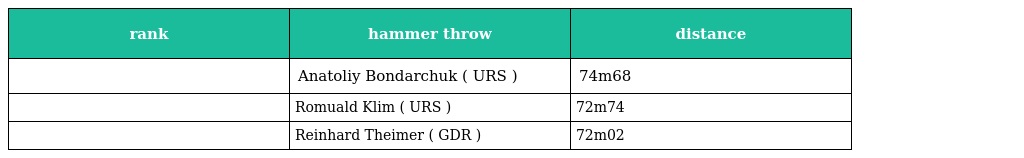
| rank | hammer throw | distance |
 | --- | --- | --- |
 |  | Anatoliy Bondarchuk ( URS ) | 74m68 |
 |  | Romuald Klim ( URS ) | 72m74 |
 |  | Reinhard Theimer ( GDR ) | 72m02 |